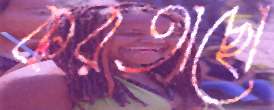
করতাছো